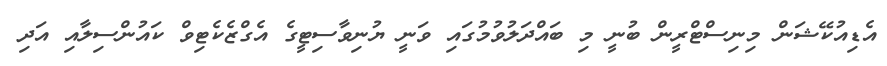
އެޑިއުކޭޝަން މިނިސްްޓްރީން ބުނީ މި ބައްދަލުވުމުގައި ވަނީ ޔުނިވާސިޓީގެ އެގްޒެކެޓިވް ކައުންސިލާއި އަދި